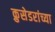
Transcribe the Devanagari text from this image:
क्रुसेडरांच्या